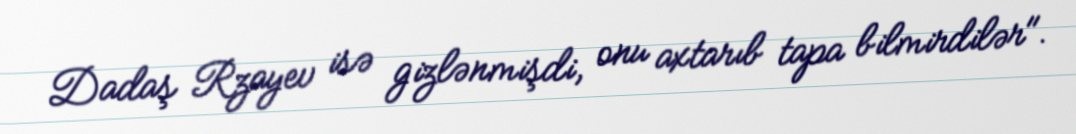
Dadaş Rzayev isə gizlənmişdi, onu axtarıb tapa bilmirdilər".